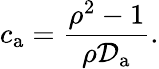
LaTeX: c_{\mathrm{a}}=\frac{\rho^{2}-1}{\rho\mathcal{D}_{\mathrm{a}}}.